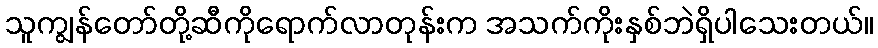
သူကျွန်တော်တို့ဆီကိုရောက်လာတုန်းက အသက်ကိုးနှစ်ဘဲရှိပါသေးတယ်။